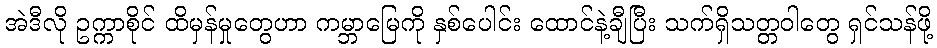
အဲဒီလို ဥက္ကာစိုင် ထိမှန်မှုတွေဟာ ကမ္ဘာမြေကို နှစ်ပေါင်း ထောင်နဲ့ချီပြီး သက်ရှိသတ္တဝါတွေ ရှင်သန်ဖို့